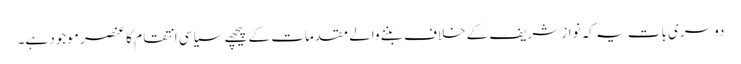
دوسری بات یہ کہ نواز شریف کے خلاف بننے والے مقدمات کے پیچھے سیاسی انتقام کا عنصر موجود ہے۔